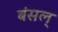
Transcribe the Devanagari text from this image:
बंसल्